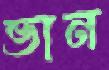
ভান